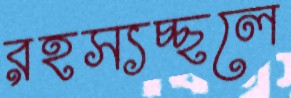
রহস্যচ্ছলে